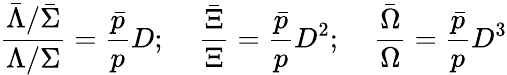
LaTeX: \frac{\bar{\Lambda}/\bar{\Sigma}}{\Lambda/\Sigma}=\frac{\bar{p}}{p}D;\; \; \; \; \frac{\bar{\Xi}}{\Xi}=\frac{\bar{p}}{p}D^{2};\; \; \; \; \frac{\bar{\Omega}}{\Omega}=\frac{\bar{p}}{p}D^{3}